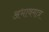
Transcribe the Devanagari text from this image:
अभावमात्र